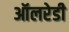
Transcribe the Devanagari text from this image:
ऑलरेडी